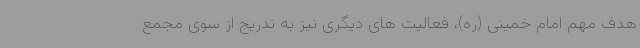
هدف مهم امام خمینی (ره)، فعالیت های دیگری نیز به تدریج از سوی مجمع